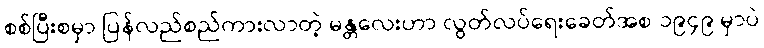
စစ်ပြီးစမှာ ပြန်လည်စည်ကားလာတဲ့ မန္တလေးဟာ လွတ်လပ်ရေးခေတ်အစ ၁၉၄၉ မှာပဲ